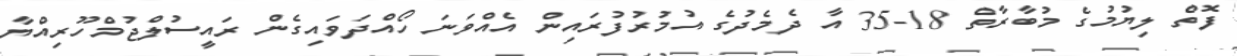
ފޮތް ލިޔުމުގެ މުބާރާތް 18-35 އާ ދެމެދުގެ އުމުރުފުރައިން އެއްވަނަ ހޯއްދަވައިގެން ރައީސުލްޖުމްހޫރިއްޔާ